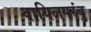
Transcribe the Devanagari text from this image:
वायिलपरंबु